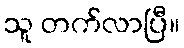
သူ တက်လာပြီ။